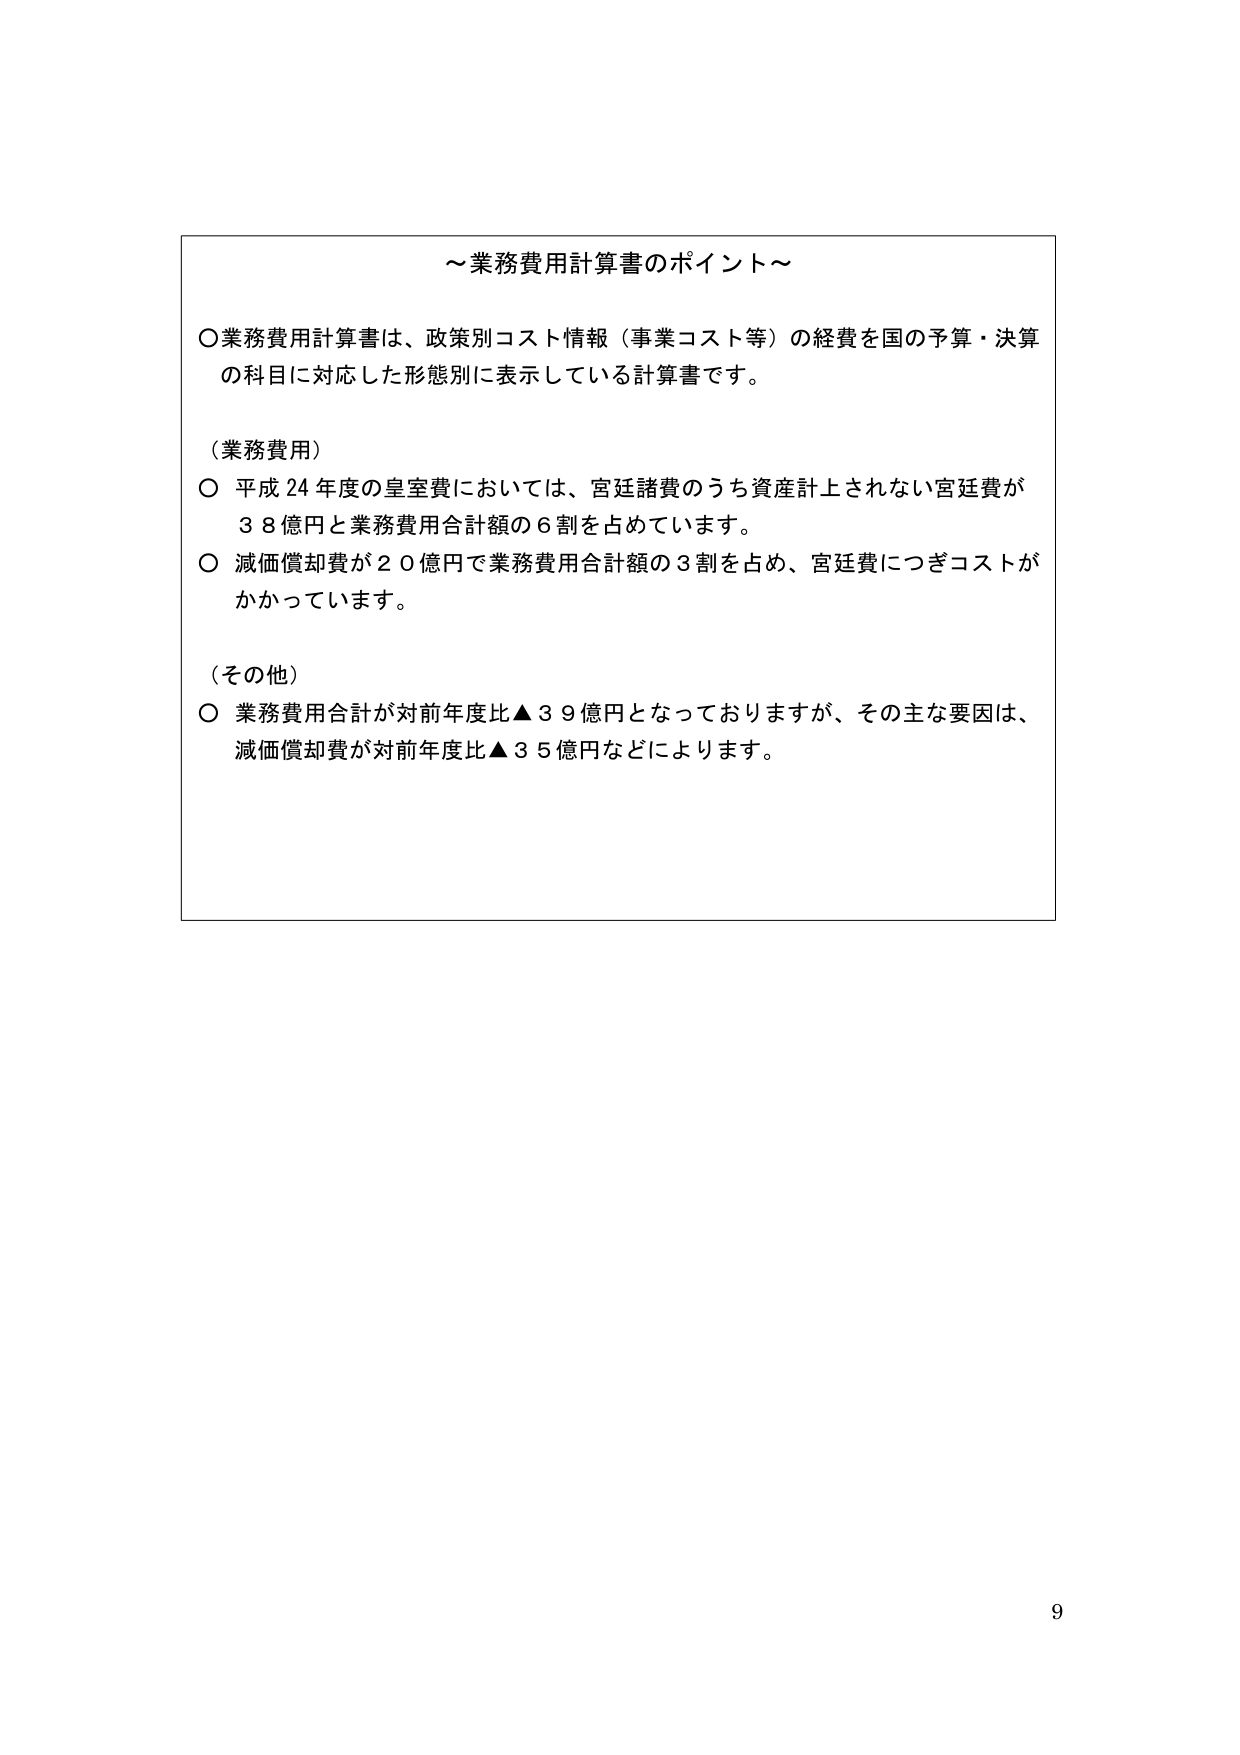
～業務費用計算書のポイント～

○業務費用計算書は、政策別コスト情報（事業コスト等）の経費を国の予算・決算の科目に対応した形態別に表示している計算書です。

（業務費用）
○ 平成24年度の皇室費においては、宮廷諸費のうち資産計上されない宮廷費が38億円と業務費用合計額の6割を占めています。
○ 減価償却費が20億円で業務費用合計額の3割を占め、宮廷費につぎコストがかかっています。

（その他）
○ 業務費用合計が対前年度比▲39億円となっておりますが、その主な要因は、減価償却費が対前年度比▲35億円などによります。

9